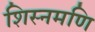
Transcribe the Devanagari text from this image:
शिस्नमणि